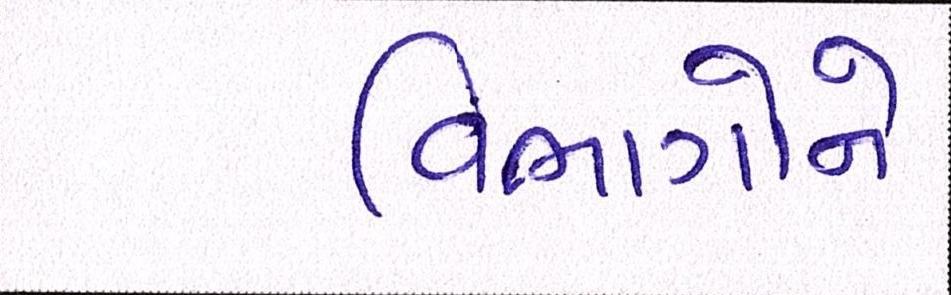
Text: વિભાગોને